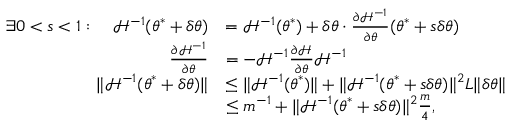
\begin{array} { r l } { \exists 0 < s < 1 : \quad \mathcal { H } ^ { - 1 } ( { \boldsymbol { \theta } } ^ { * } + \delta { \boldsymbol { \theta } } ) } & { = \mathcal { H } ^ { - 1 } ( { \boldsymbol { \theta } } ^ { * } ) + \delta { \boldsymbol { \theta } } \cdot \frac { \partial \mathcal { H } ^ { - 1 } } { \partial { \boldsymbol { \theta } } } ( { \boldsymbol { \theta } } ^ { * } + s \delta { \boldsymbol { \theta } } ) } \\ { \frac { \partial \mathcal { H } ^ { - 1 } } { \partial { \boldsymbol { \theta } } } } & { = - \mathcal { H } ^ { - 1 } \frac { \partial \mathcal { H } } { \partial { \boldsymbol { \theta } } } \mathcal { H } ^ { - 1 } } \\ { \lVert \mathcal { H } ^ { - 1 } ( { \boldsymbol { \theta } } ^ { * } + \delta { \boldsymbol { \theta } } ) \rVert } & { \leq \lVert \mathcal { H } ^ { - 1 } ( { \boldsymbol { \theta } } ^ { * } ) \rVert + \lVert \mathcal { H } ^ { - 1 } ( { \boldsymbol { \theta } } ^ { * } + s \delta { \boldsymbol { \theta } } ) \rVert ^ { 2 } L \lVert \delta { \boldsymbol { \theta } } \rVert } \\ & { \leq m ^ { - 1 } + \lVert \mathcal { H } ^ { - 1 } ( { \boldsymbol { \theta } } ^ { * } + s \delta { \boldsymbol { \theta } } ) \rVert ^ { 2 } \frac { m } { 4 } , } \end{array}